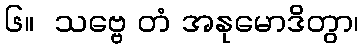
၆။  သဗ္ဗေ တံ အနုမောဒိတွာ၊